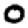
Digit: 0